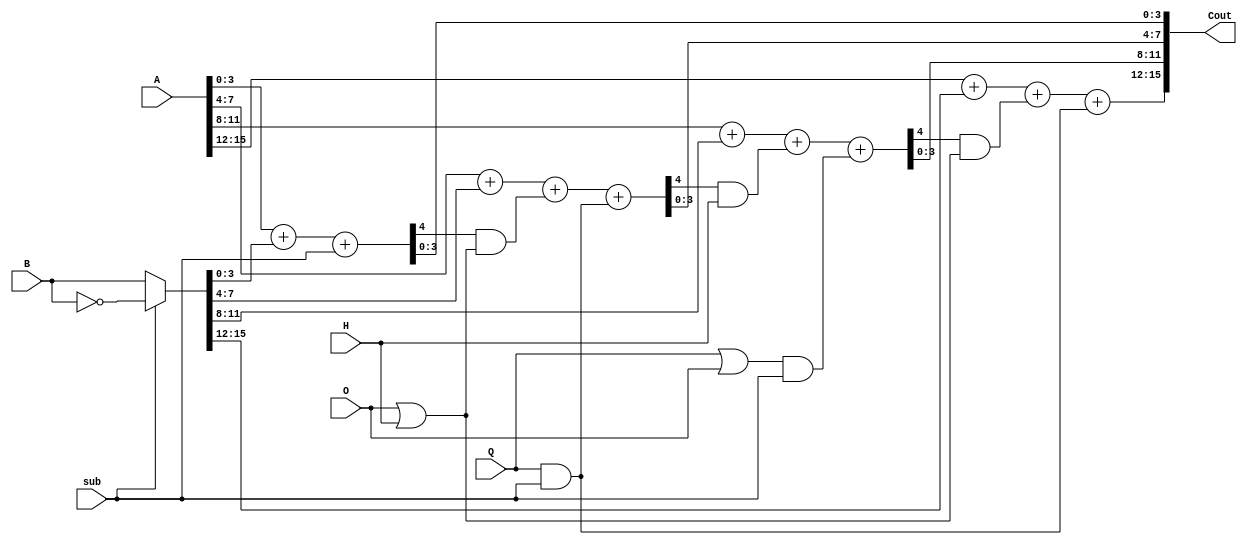
`timescale 1ns / 1ps

module SIMDadd(
        input [15:0] A,
        input [15:0] B,
        input H,
        input O,
        input Q,
        input sub,
        output [15:0] Cout
    );
    wire [15:0] B_real = sub?(~B):B;
    wire [4:0] C0 = A[3:0]   +  B_real[3:0]    + sub;
    wire [4:0] C1 = A[7:4]   +  B_real[7:4]    + (C0[4]&(O|H)) + (Q&sub);
    wire [4:0] C2 = A[11:8]  +  B_real[11:8]   + (C1[4]&H)     + ((Q|O)&sub);
    wire [4:0] C3 = A[15:12] +  B_real[15:12]  + (C2[4]&(O|H)) + (Q&sub);
    
    assign Cout = {C3[3:0],C2[3:0],C1[3:0],C0[3:0]};
    
    
endmodule